Medical and sanitary report on the native army of Bombay for the year
Year: 1879
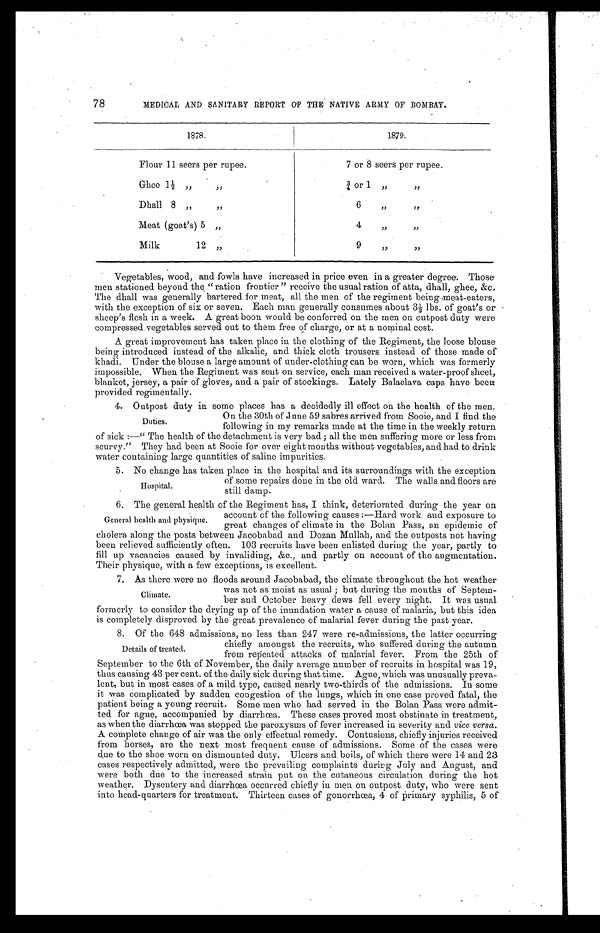
78
MEDICAL AND SANITARY REPORT OF THE NATIVE ARMY OF BOMBAY.
1878.
1879.
Flour 11 seers per rupee.
7 or 8 seers per rupee
Ghee 1½ " "
¾ o r 1 " "
Dhall 8 " "
6 " "
Meat (goat's) 5 "
4 " "
Milk 12 " "
9 " "
Vegetables, wood, and fowls have increased in price even in a greater degree, Those
men stationed beyond the "ration frontier" receive the usual ration of atta, dhall, ghee, &c.
The dhall was generally bartered for meat, all the men of the regiment being meat-eaters,
with the exception of six or seven. Each man generally consumes about 3½ lbs. of goat's or
sheep's flesh in a week. A great boon would be conferred on the men on outpost duty were
compressed. vegetables served out to them free of charge, or at a nominal cost.
A great improvement has taken place in the clothing of the Regiment, the loose blouse
being introduced instead of the alkalic, and thick cloth trousers instead of those made of
khadi. Under the blouse a large amount of under-clothing can be worn, which was formerly
impossible. When the Regiment was sent on service, each man received a water-proof sheet,
blanket, jersey, a pair of gloves, and a pair of stockings. Lately Balaclava caps have been
provided regimentally.
4. Outpost duty in some places has a decidedly ill effect on the health of the men.
On the 30th of June 59 sabres arrived from Sooie, and I find the
following in my remarks made at the time in the weekly return
of sick:—"The health of the detachment is very bad; all the men suffering more or less from
scurvy." They had been at Sooie for over eight months without vegetables, and had to drink
water containing large quantities of saline impurities.
5. No change has taken place in the hospital and its surroundings with the exception
of some repairs done in the old ward. The walls and floors are
still damp.
6. The general health of the Regiment has, I think, deteriorated during the year on
account of the following causes:—Hard work and exposure to
great changes of climate in the Bolan Pass, an epidemic of
cholera along the posts between Jacobabad and Dozan Mullah, and the outposts not having
been relieved sufficiently often. 103 recruits have been enlisted during the year, partly to
fill up vacancies caused by invaliding, &c., and partly on account of the augmentation.
Their physique, with a few exceptions, is excellent.
7. As there were no floods around Jacobabad, the climate throughout the hot weather
was not as moist as usual; but during the months of Septem
-
ber and October heavy dews fell every night. It was usual
formerly to consider the drying up of the inundation water a cause of malaria, but this idea
is completely disproved by the great prevalence of malarial fever during the past year.
8. Of the 648 admissions, no less than 247 were re-admissions, the latter occurring
chiefly amongst the recruits, who suffered during the autumn
from repeated attacks of malarial fever. From the 25th of
September to the 6th of November, the daily average number of recruits in hospital was 19,
during
causing 43 per cent. of the daily sick durg that time. Ague, which was unusually preva-
lent, but in most cases of a mild type, caused nearly two-thirds of the admissions. In some
it was complicated by sudden congestion of the lungs, which in one case proved fatal, the
patient being a young recruit. Some men who had served in the Bolan Pass were admit-
ted for ague, accompanied by diarrhœa. These cases proved most obstinate in treatment,
as when the diarrhœa was stopped the paroxysms of fever increased in severity and vice versa.
A complete change of air was the only effectual remedy. Contusions, chiefly injuries received
from horses, are the next most frequent cause of admissions. Some of the cases were
due to the shoe worn on dismounted duty. Ulcers and boils, of which there were 14 and 23
cases respectively admitted, were the prevailing complaints during July and August, and
were both due to the increased strain put on the cutaneous circulation during the hot
weather. Dysentery and diarrhœa occurred chiefly in men on outpost duty, who were sent
into head-quarters for treatment. Thirteen cases of gonorrhœa, 4 of primary syphilis, 5 of
Duties.
Hospital.
General health and physique.
Climate.
Details of treated.